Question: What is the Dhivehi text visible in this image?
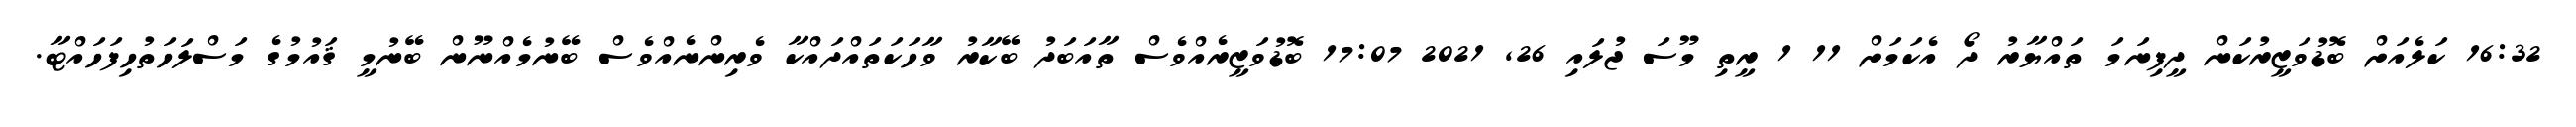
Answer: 16:32 ކަލެއަށް ބޮޑުވަޒީރުކަން ދީފިނަމަ ތައްޔާރު ދޯ އެކަމަށް 11 1 ރީތި މޫސަ ޖުލައި 26, 2021 17:07 ބޮޑުވަޒީރެއްވެސް ތާއަބަދު ބޭކާރު ވާހަކަތައްދައްކާ ވެރިންނެއްވެސް ބޭނުމެއްނޫން ބޭނުމީ ޤައުމުގެ މަސްލަހަތުހިފަހައްޓާ.